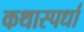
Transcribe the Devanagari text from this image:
कथास्पर्धा